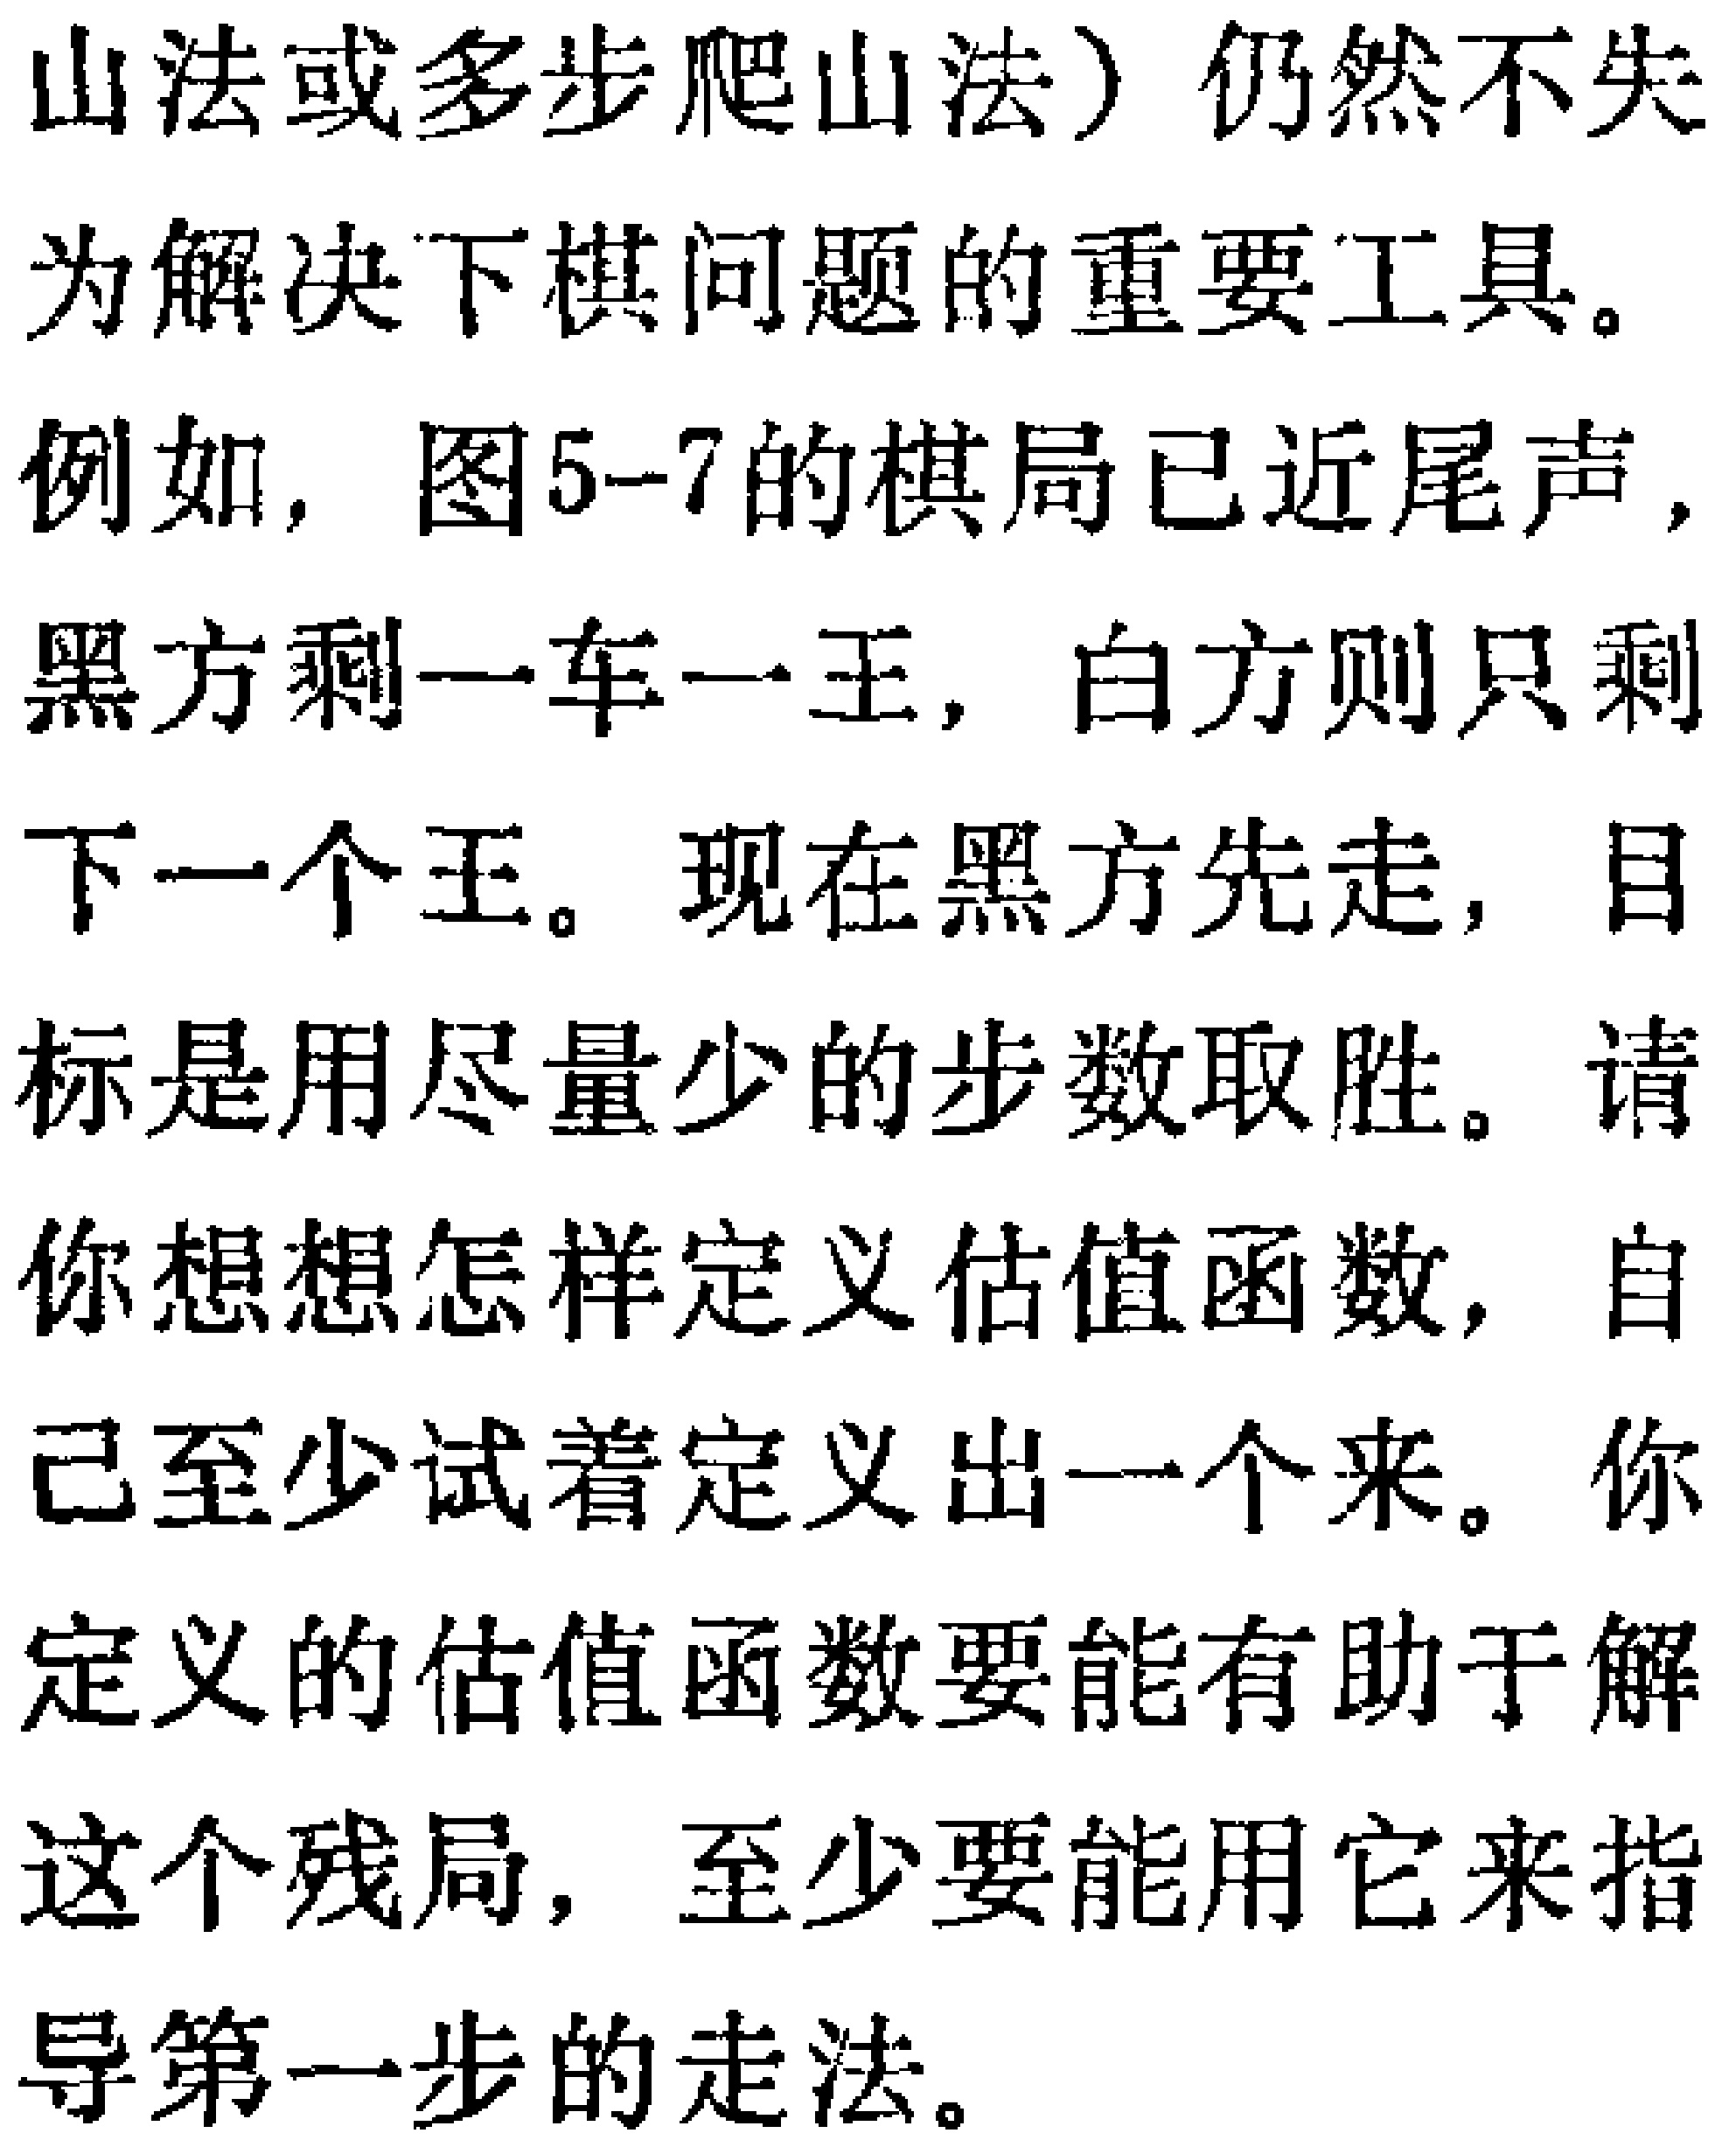
山法或多步爬山法）仍然不失

为解决下棋问题的重要工具。

例如, 图5-7的棋局已近尾声,

黑方剩一车一王, 白方则只剩

下一个王。现在黑方先走, 目

标是用尽量少的步数取胜。请

你想想怎样定义估值函数, 自

己至少试着定义出一个来。你

定义的估值函数要能有助于解

这个残局, 至少要能用它来指

导第一步的走法。